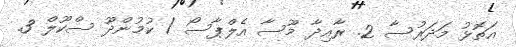
އަތޮޅު މަދަރުސާ 2. ރާއިދާ މޫސާ އެލްޕާސޯ / ކުމުންދޫ ސްކޫލް 3.